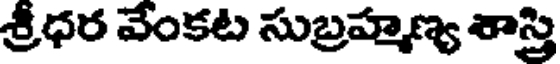
శ్రీధర వేంకట సుబ్రహ్మణ్య శాస్త్రి